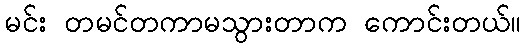
မင်း တမင်တကာမသွားတာက ကောင်းတယ်။